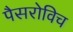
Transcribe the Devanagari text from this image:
पैसरोविच